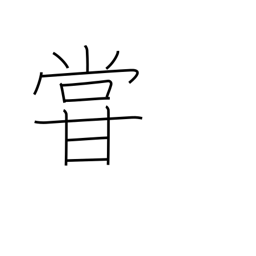
Meaning: underrate